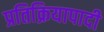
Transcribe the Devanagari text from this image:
प्रतिक्रियापादी